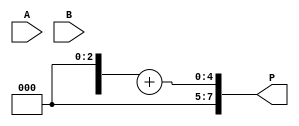
module dadda_multiplier #(parameter N = 4) (
    input [N-1:0] A, // Multiplicand
    input [N-1:0] B, // Multiplier
    output reg [2*N-1:0] P // Product
);

    // Generate partial products
    wire [N-1:0] pp [N-1:0]; // Partial products
    generate
        genvar i, j;
        for (i = 0; i < N; i = i + 1) begin : partial_products
            for (j = 0; j < N; j = j + 1) begin : and_gate
                assign pp[i][j] = A[j] & B[i];
            end
        end
    endgenerate

    // Stage reduction
    wire [N-1:0] sum [N-1:0]; // Sum wires for reduction
    wire [N-1:0] carry [N-1:0]; // Carry wires for reduction

    // Initialize the first stage with partial products
    assign sum[0] = pp[0];
    assign carry[0] = 0;

    // Dadda reduction stages
    genvar stage;
    for (stage = 0; stage < N-1; stage = stage + 1) begin : reduction_stage
        if (stage == 0) begin
            // First stage: Combine to create n/2 + 1 rows
            assign sum[1][0] = pp[1][0];
            assign carry[1][0] = pp[0][1] & pp[1][0];

            for (j = 1; j < N; j = j + 1) begin : sum_carry
                assign sum[1][j] = pp[1][j] ^ pp[0][j+1] ^ carry[0][j-1];
                assign carry[1][j] = (pp[1][j] & pp[0][j+1]) | (carry[0][j-1] & (pp[1][j] ^ pp[0][j+1]));
            end
        end else begin
            // Subsequent stages: Further reduction
            // Similar logic can be implemented for further stages
            // This is a simplified version and needs to be expanded for complete functionality
        end
    end

    // Final addition of the last two rows
    wire [2*N-1:0] final_sum;
    assign final_sum = {1'b0, sum[N-1]} + {1'b0, sum[N-2]};

    // Assign the product
    always @(*) begin
        P = final_sum;
    end

endmodule